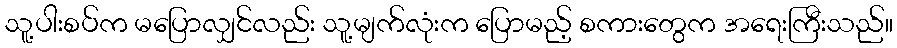
သူ့ပါးစပ်က မပြောလျှင်လည်း သူ့မျက်လုံးက ပြောမည့် စကားတွေက အရေးကြီးသည်။